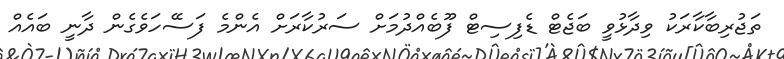
ތަޖުރިބާކާރަކު ވިދާޅުވީ ބަޖެޓް ޑެފިސިޓް ފޫބެއްދުމަށް ސަރުކާރަށް އެންމެ ފަސޭހަވެގެން ދާނީ ބައެއް